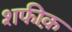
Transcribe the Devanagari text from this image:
शफीक़